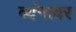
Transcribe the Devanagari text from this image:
व्यंगावर